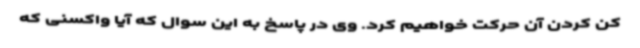
کن کردن آن حرکت خواهیم کرد. وی در پاسخ به این سوال که آیا واکسنی که